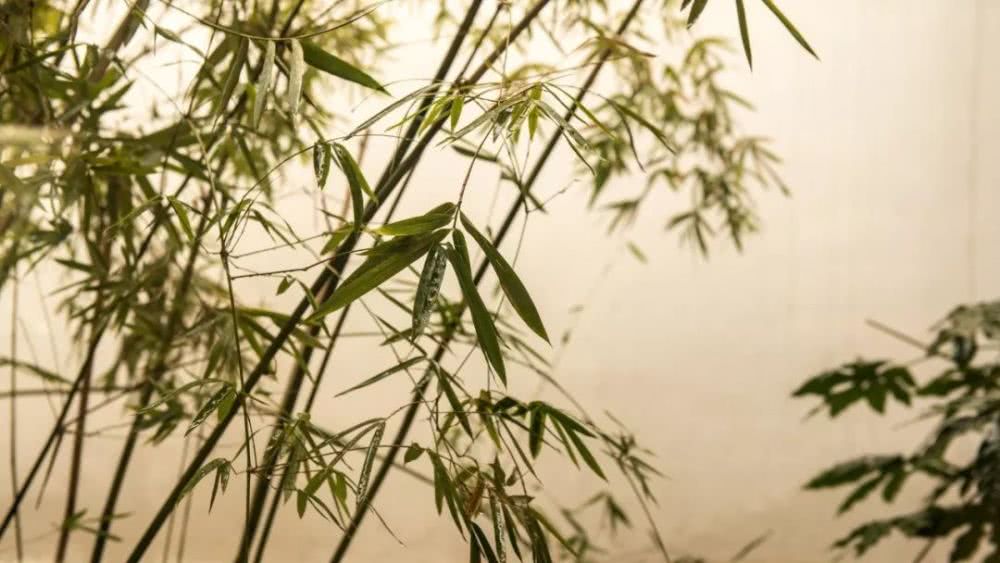
淇园春竹美，军宴日椎牛。